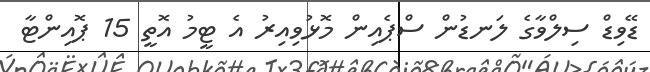
ޑޭވިޑް ސިލްވާގެ ލަނޑުން ސްޕެއިން މޮޅުވިއިރު އެ ޓީމު އޮތީ 15 ޕޮއިންޓާ